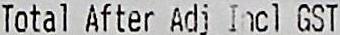
TOTAL AFTER ADJ INCL GST